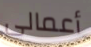
أعمالى